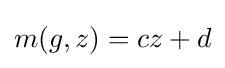
m(g,z)=cz+d